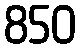
850